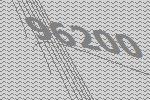
96200